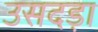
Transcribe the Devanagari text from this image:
उसदड़ा